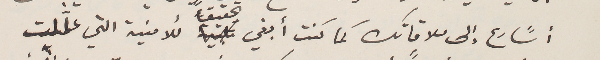
أسًارع إلى ملاقاتك كما كنت أبغي تحقيقاً للأمنية التي علَّلت